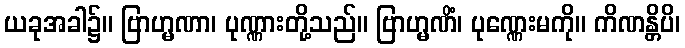
ယခုအခါ၌။ ဗြာဟ္မဏာ၊ ပုဏ္ဏားတို့သည်။ ဗြာဟ္မဏိံ၊ ပုဏ္ဏေးမကို။ ကိဏန္တိပိ၊